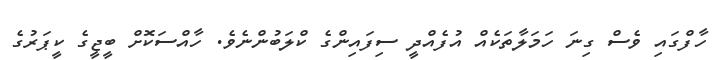
ހާފްގައި ވެސް ގިނަ ހަމަލާތަކެއް އުފެއްދީ ސިފައިންގެ ކްލަބުންނެވެ. ހާއްސަކޮށް ބީޖީގެ ކީޕަރުގެ